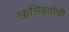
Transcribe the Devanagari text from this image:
खासियतीची